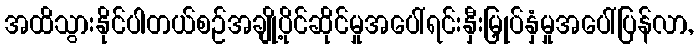
အထိသွားနိုင်ပါတယ်စဉ်အချို့ပိုင်ဆိုင်မှုအပေါ်ရင်းနှီးမြှုပ်နှံမှုအပေါ်ပြန်လာ,